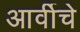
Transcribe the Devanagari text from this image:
आर्वीचे